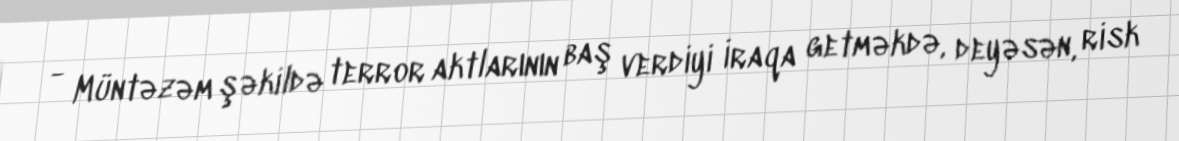
- Müntəzəm şəkildə terror aktlarının baş verdiyi İraqa getməkdə, deyəsən, risk